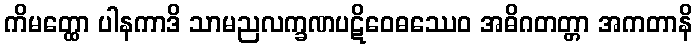
ကိမတ္ထော ပါနကာဒိ သာမညလက္ခဏပဋိဝေဓဿေဝ အဓိဂတတ္တာ အကတာနိ